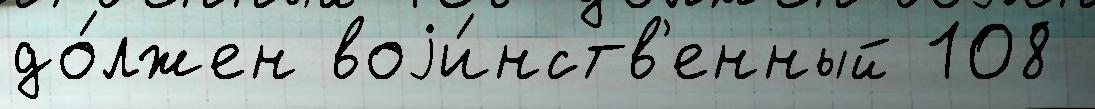
до́лжен воjи́нств'енный 108